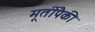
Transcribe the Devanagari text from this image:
मूर्तीपैकी